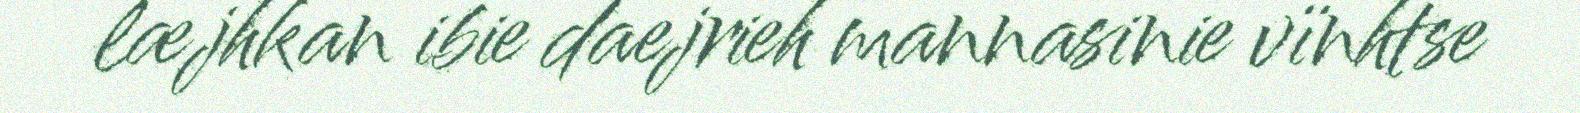
læjhkan ibie daejrieh mannasinie vïnhtse